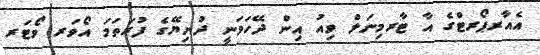
އެއާރޕޯރޓްގެ އާ ޓާރމިނަލް ވިއު އިން ދޭހަވަނީ ދުނިޔޭގެ ފުރަތަމަ އޯވަރ ވޯޓަރ